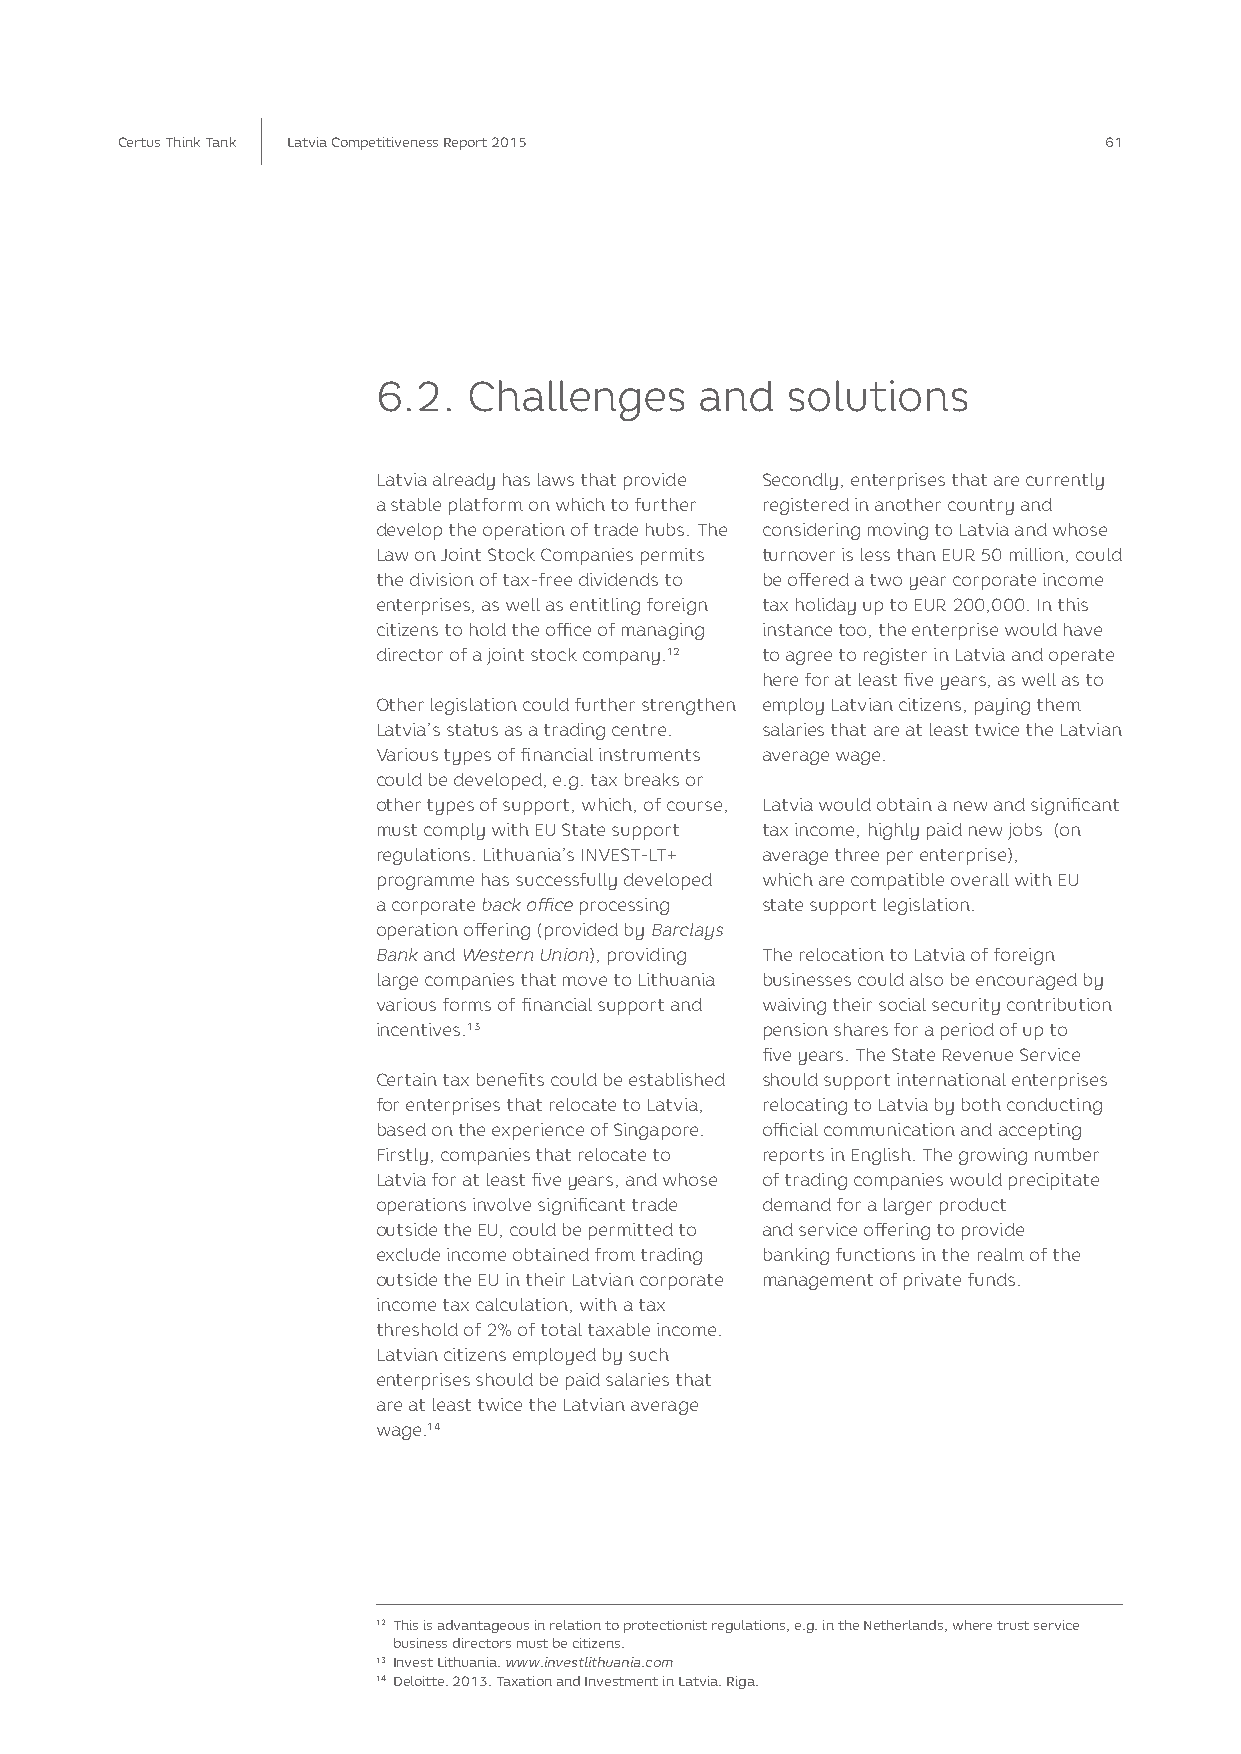
Certus Think Tank Latvia Competitiveness Report 2015             61
 6.2.  Challenges     and   solutions
 Latvia already has laws that provide Secondly, enterprises that are currently
 a stable platform on which to further registered in another country and
 develop the operation of trade hubs. The considering moving to Latvia and whose
 Law on Joint Stock Companies permits turnover is less than EUR 50 million, could
 the division of tax-free dividends to be offered a two year corporate income
 enterprises, as well as entitling foreign tax holiday up to EUR 200,000. In this
 citizens to hold the office of managing instance too, the enterprise would have
 director of a joint stock company.12 to agree to register in Latvia and operate
 here for at least five years, as well as to
 Other legislation could further strengthen employ Latvian citizens, paying them
 Latvia’s status as a trading centre. salaries that are at least twice the Latvian
 Various types of financial instruments average wage.
 could be developed, e.g. tax breaks or
 other types of support, which, of course, Latvia would obtain a new and significant
 must comply with EU State support tax income, highly paid new jobs (on
 regulations. Lithuania’s INVEST-LT+ average three per enterprise),
 programme has successfully developed which are compatible overall with EU
 a corporate back office processing state support legislation.
 operation offering (provided by Barclays
 Bank and Western Union), providing The relocation to Latvia of foreign
 large companies that move to Lithuania businesses could also be encouraged by
 various forms of financial support and waiving their social security contribution
 incentives.13            pension shares for a period of up to
 five years. The State Revenue Service
 Certain tax benefits could be established should support international enterprises
 for enterprises that relocate to Latvia, relocating to Latvia by both conducting
 based on the experience of Singapore. official communication and accepting
 Firstly, companies that relocate to reports in English. The growing number
 Latvia for at least five years, and whose of trading companies would precipitate
 operations involve significant trade demand for a larger product
 outside the EU, could be permitted to and service offering to provide
 exclude income obtained from trading banking functions in the realm of the
 outside the EU in their Latvian corporate management of private funds.
 income tax calculation, with a tax
 threshold of 2% of total taxable income.
 Latvian citizens employed by such
 enterprises should be paid salaries that
 are at least twice the Latvian average
 wage.14
 12 This is advantageous in relation to protectionist regulations, e.g. in the Netherlands, where trust service
 business directors must be citizens.
 13 Invest Lithuania. www.investlithuania.com
 14 deloitte. 2013. Taxation and Investment in Latvia. Riga.